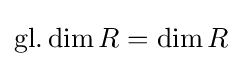
\operatorname {gl.dim} R=\dim R